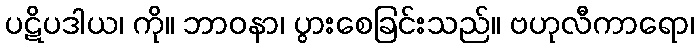
ပဋိပဒါယ၊ ကို။ ဘာဝနာ၊ ပွားစေခြင်းသည်။ ဗဟုလီကာရော၊